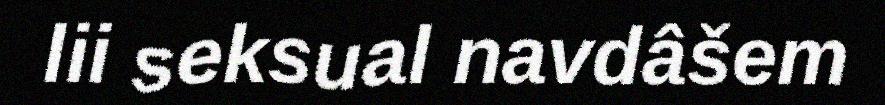
lii seksual navdâšem